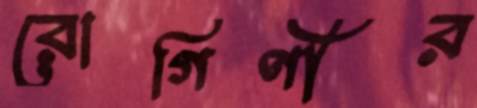
রোগিণীর